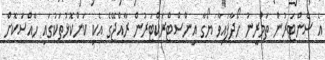
އެ ސެންޓަރުން ތަމްރީނު ހޯދާފައިވާ ޔޯގާ އިންސްޓްރަކްޓަރުން ރާއްޖޭގެ އެކި ކަންކޮޅުތަކުގައި ހާއްސަކޮށް